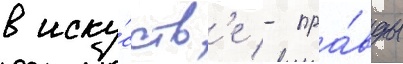
в иску́сств'е - пра́вды